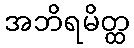
အဘိရမိတ္ထ